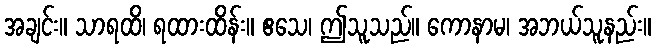
အချင်း။ သာရထိ၊ ရထားထိန်း။ ဧသေ၊ ဤသူသည်။ ကောနာမ၊ အဘယ်သူနည်း။